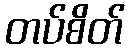
တပ်စိတ်